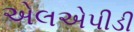
એલએપીડી